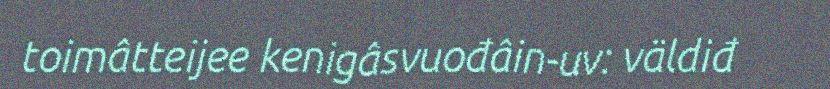
toimâtteijee kenigâsvuođâin-uv: väldiđ